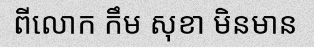
ពីលោក កឹម សុខា មិនមាន